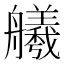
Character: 𫇢